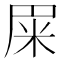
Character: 𰪰